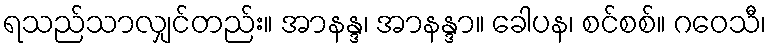
ရသည်သာလျှင်တည်း။ အာနန္ဒ၊ အာနန္ဒာ။ ခေါပန၊ စင်စစ်။ ဂဝေသီ၊